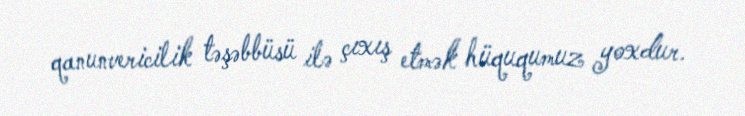
qanunvericilik təşəbbüsü ilə çıxış etmək hüququmuz yoxdur.